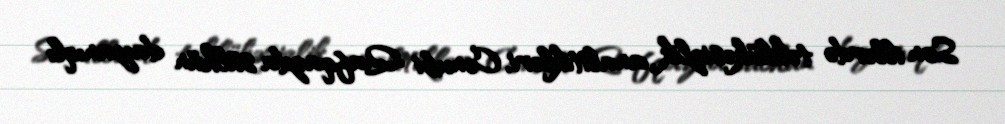
Son illərdə təhlükəsizlik analitikləri, Cənubi Qafqazda sülhün dayanıqlı